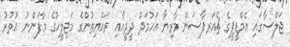
ޖަލްސާގައި އެމްޑީޕީގެ ޗެއަރޕާސަން މާރިޔާ އަހުމަދު ދީދީއާއި ރައްޔިތުންގެ މަޖިލީހުގެ މާފަންނު އުތުރު